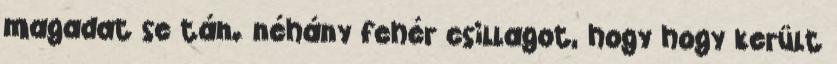
magadat se tán. néhány fehér csillagot, hogy hogy került